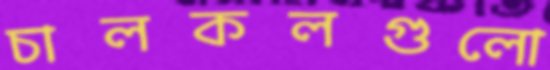
চালকলগুলো